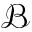
\mathcal { B }